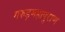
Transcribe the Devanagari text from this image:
गरुड़महापुराण